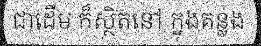
ជាដើម ក៏ស្ថិតនៅ ក្នុងគន្លង